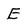
Character: E